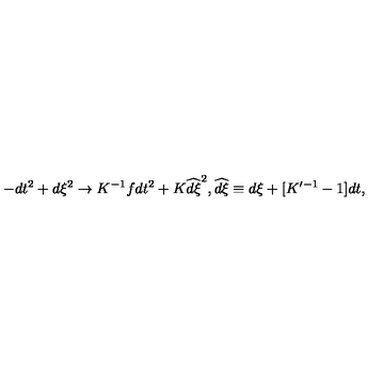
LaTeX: - d t ^ { 2 } + d \xi ^ { 2 } \to K ^ { - 1 } f d t ^ { 2 } + K \widehat { d \xi } ^ { 2 } , \widehat { d \xi } \equiv d \xi + [ K ^ { \prime - 1 } - 1 ] d t ,